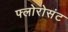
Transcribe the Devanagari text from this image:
फ्लोरोसंट